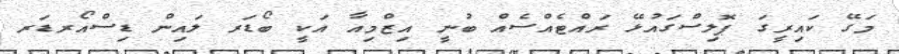
މަގޭ ކައިރީގަ ޕޮލިސްގައުޅޭ ރައްޓެއްސެއް ބުނީ އިޒްމިއާ އަކީ ބޯޑަރ ލައިން ޑިސްއޯރޑަރ